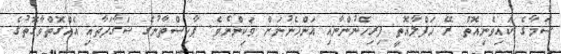
ސަމާގެ ކައިވެނިއޮތް ރޭ ހަފްލާއޮތީ ފިރިހެނުންނާއި އަންހެނުނަށް ވަކިންނެވެ. ޕާކިސްތާނުގެ ސަގާފަތާއި އެއްގޮތްވާގޮތުގެ